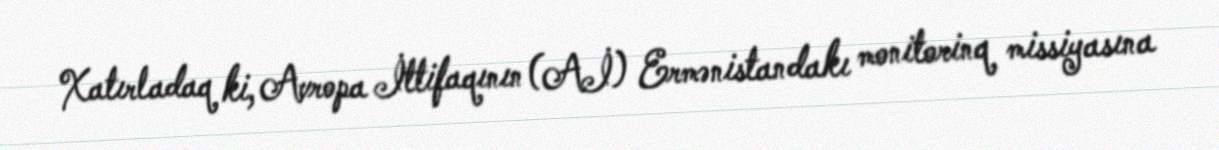
Xatırladaq ki, Avropa İttifaqının (Aİ) Ermənistandakı monitorinq missiyasına